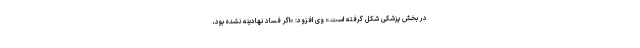
در بخش پزشکی شکل گرفته است.» وی افزود: «اگر فساد نهادینه نشده بود،